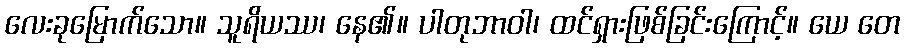
လေးခုမြောက်သော။ သူရိယဿ၊ နေ၏။ ပါတုဘာဝါ၊ ထင်ရှားဖြစ်ခြင်းကြောင့်။ ယေ တေ